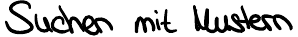
Suchen mit Mustern